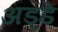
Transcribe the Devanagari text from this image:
अड्डें